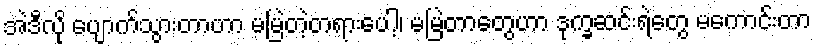
အဲဒီလို ပျောက်သွားတာဟာ မမြဲတဲ့တရားပေါ့၊ မမြဲတာတွေဟာ ဒုက္ခဆင်းရဲတွေ မကောင်းတာ